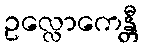
ဥလ္လောကေန္တီ